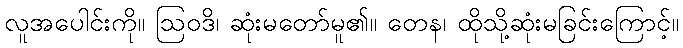
လူအပေါင်းကို။ ဩဝဒိ၊ ဆုံးမတော်မူ၏။ တေန၊ ထိုသို့ဆုံးမခြင်းကြောင့်။